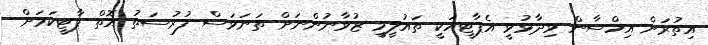
އިތުރަށް އިހްސާން ވިދާޅުވީ އެޕާޓީއަކީ ތައުލީމީ ޒުވާނުންނަށް ތަނަވަސް ފުރުސަތު އޮތް ޕާޓީކަމަށް